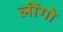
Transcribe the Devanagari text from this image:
लींगो